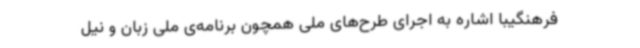
فرهنگیبا اشاره به اجرای طرح‌های ملی همچون برنامه‌ی ملی زبان و نیل